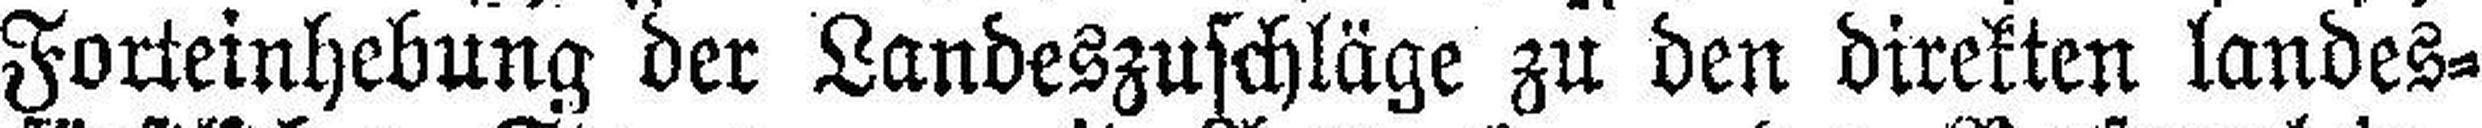
Forteinhebung der Landeszuschläge zu den direkten landes¬